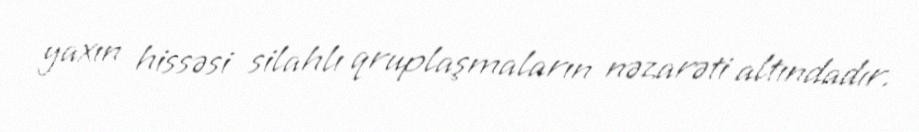
yaxın hissəsi silahlı qruplaşmaların nəzarəti altındadır.